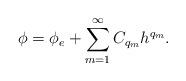
LaTeX: \begin{align*} \phi = \phi_{e} + \sum_{m=1}^{\infty} C_{q_m} h^{q_m}.\end{align*}